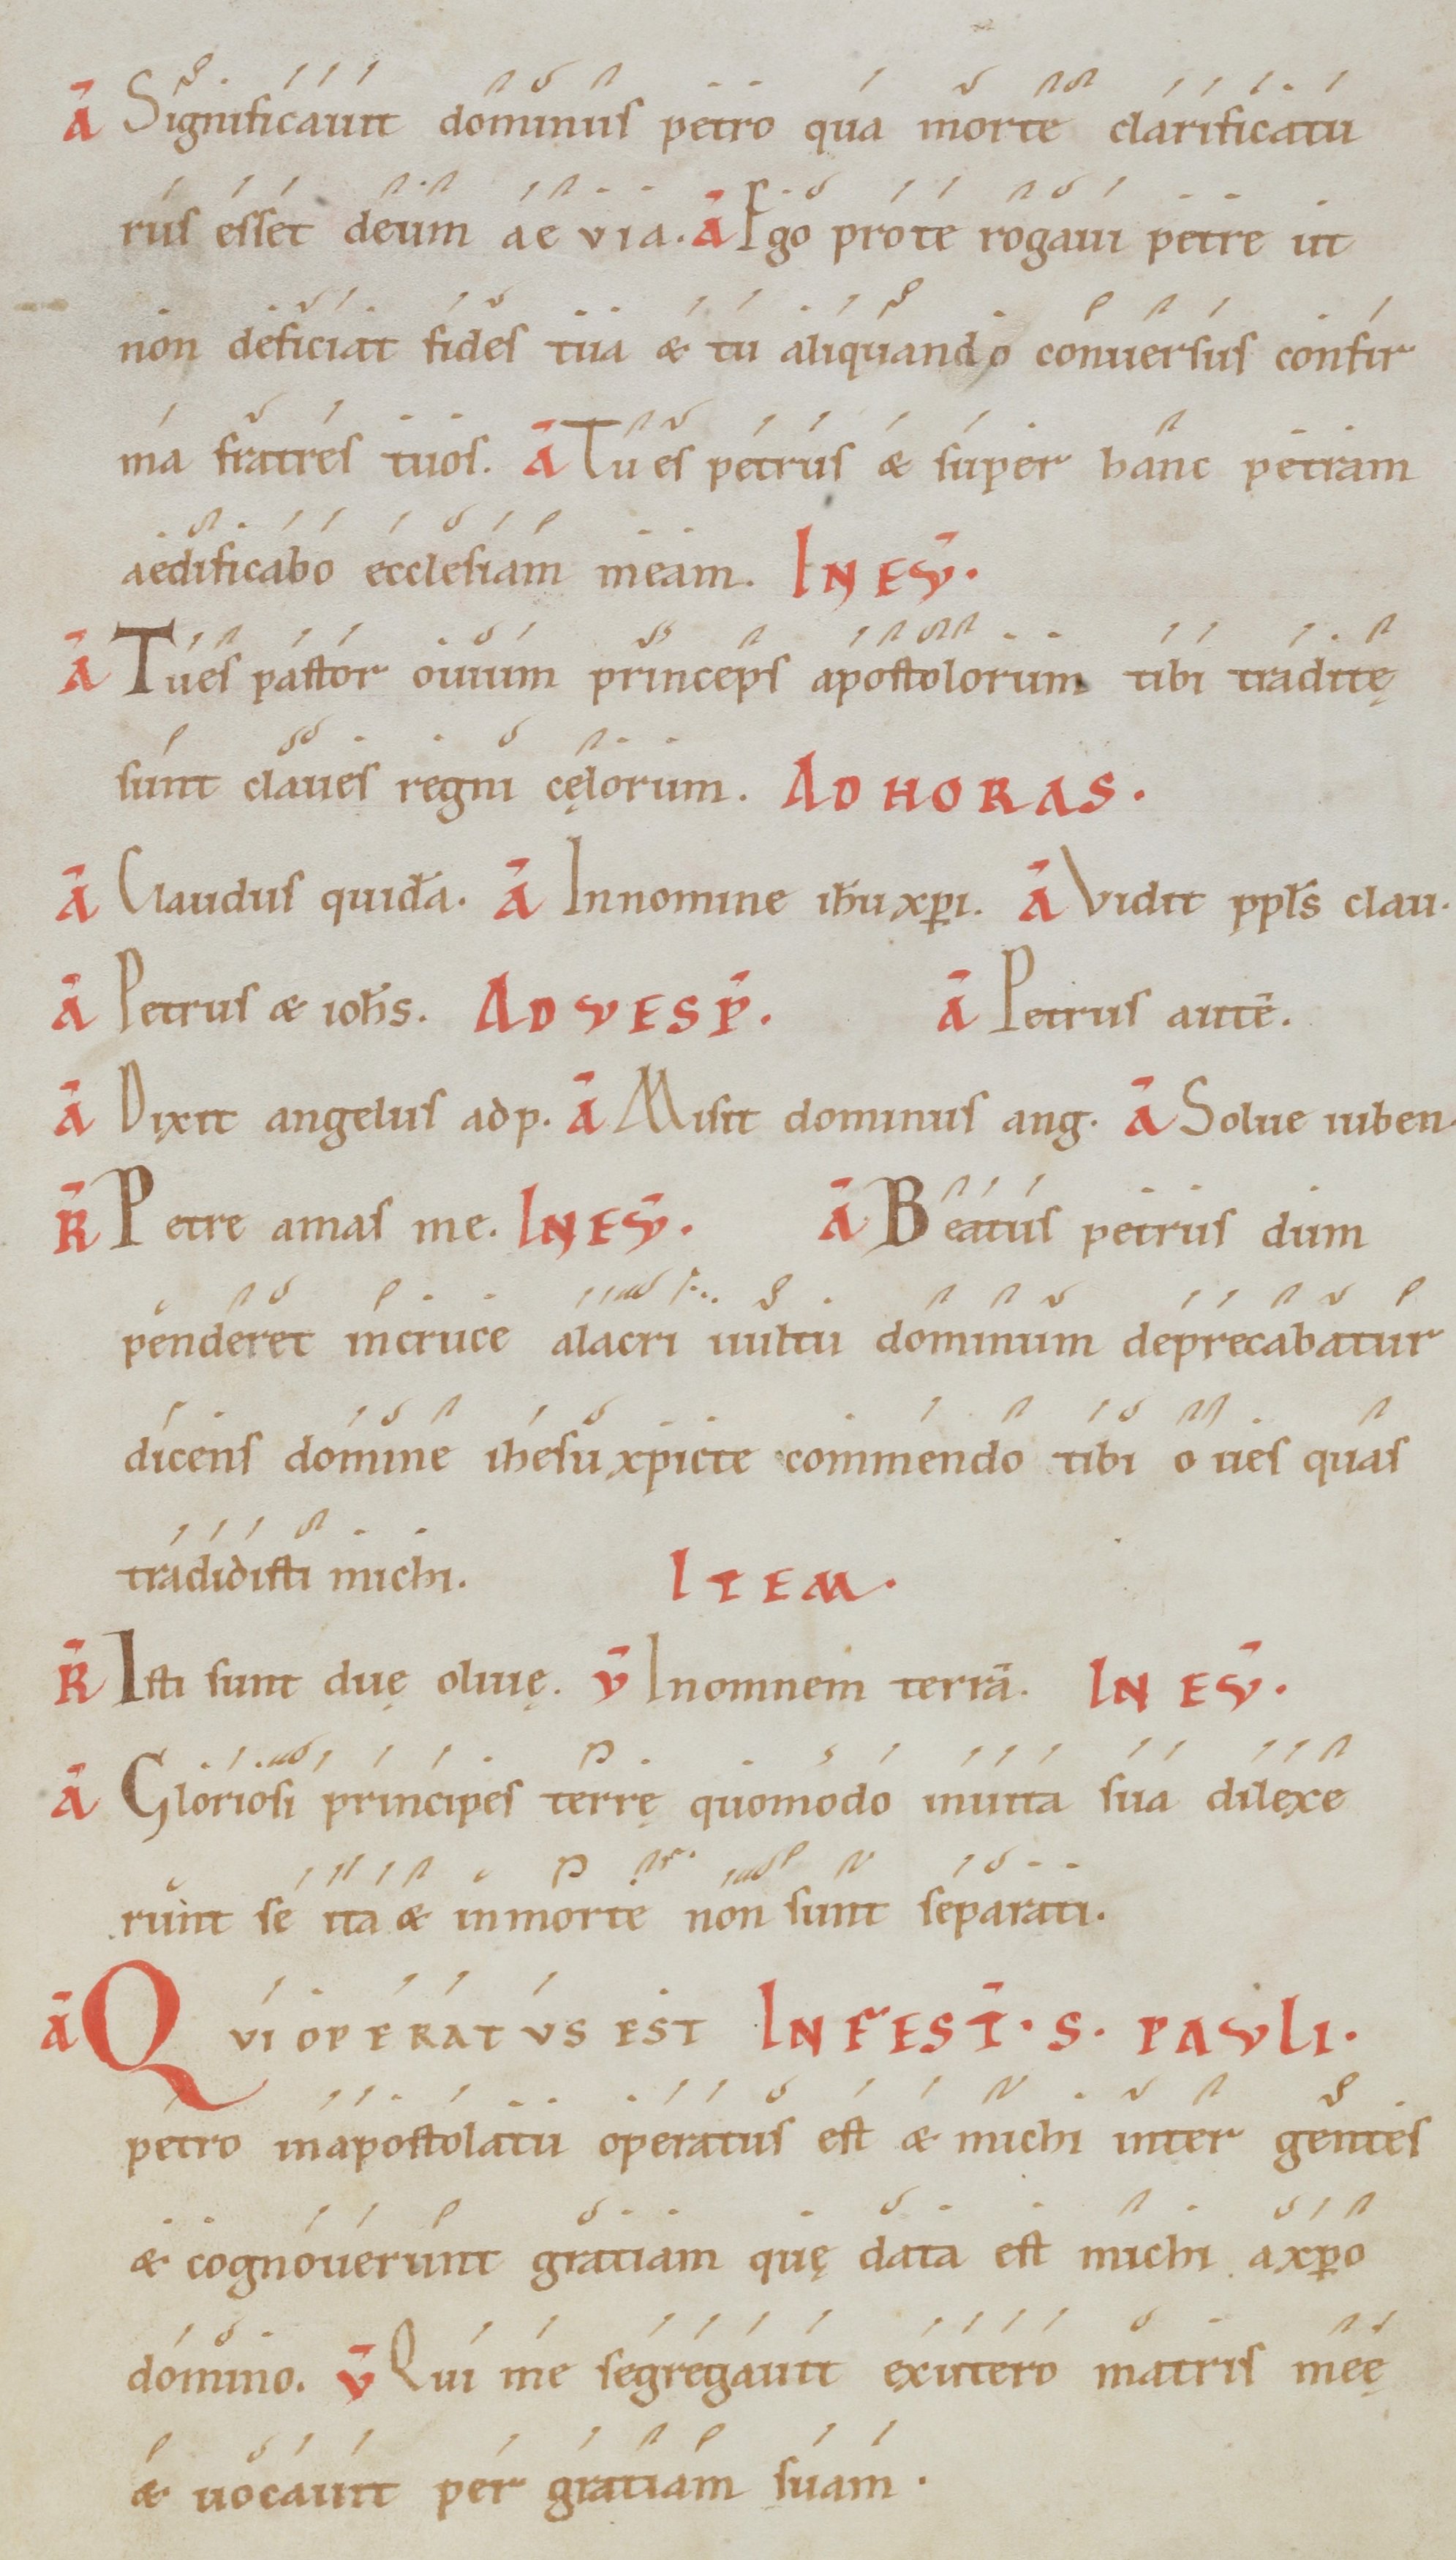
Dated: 1100–1199